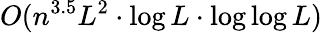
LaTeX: O(n^{3.5}L^{2}\cdot\log L\cdot\log\log L)